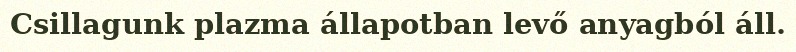
Csillagunk plazma állapotban levő anyagból áll.